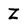
Character: Z